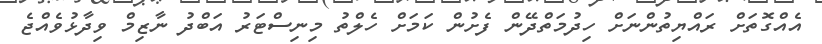
އެއްގޮތަށް ރައްޔިތުންނަށް ހިދުމަތްދޭން ފެށުން ކަމަށް ހެލްތު މިނިސްޓަރު އަބްދު ނާޒިމް ވިދާޅުވެއްޖެ